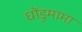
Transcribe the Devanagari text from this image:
धोंडुमामा